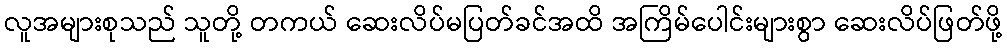
လူအများစုသည် သူတို့ တကယ် ဆေးလိပ်မပြတ်ခင်အထိ အကြိမ်ပေါင်းများစွာ ဆေးလိပ်ဖြတ်ဖို့